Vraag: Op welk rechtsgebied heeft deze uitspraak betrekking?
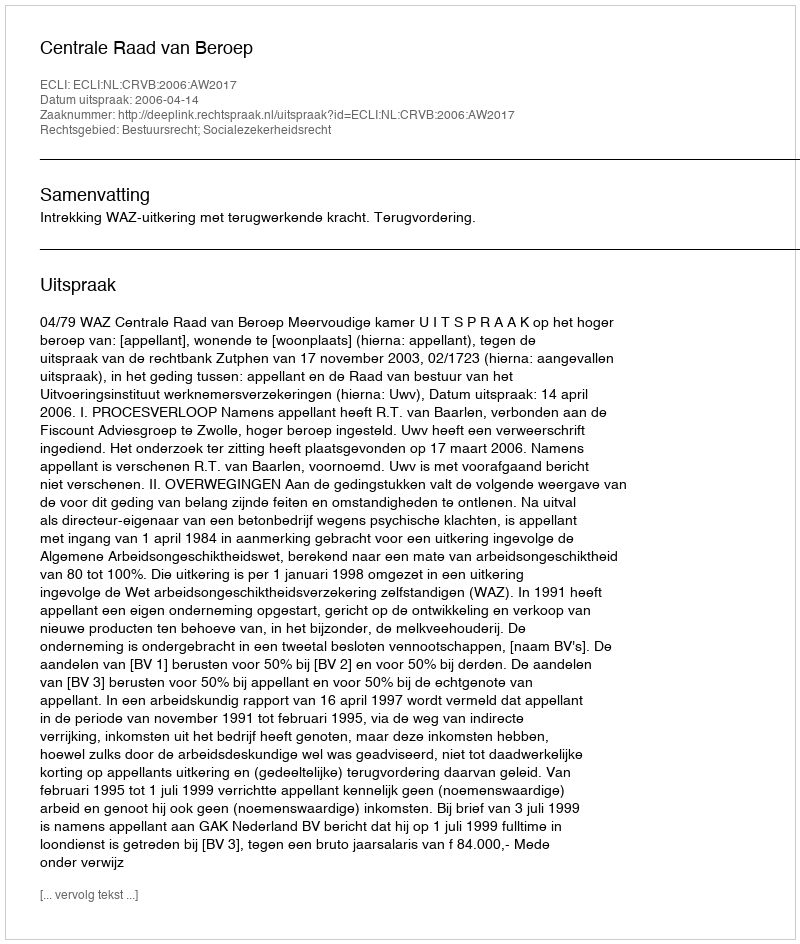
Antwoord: Bestuursrecht; Socialezekerheidsrecht